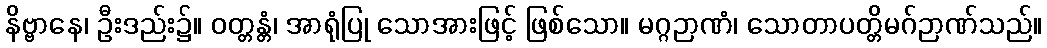
နိဗ္ဗာနေ၊ ဦးဒည်း၌။ ဝတ္တန္တံ၊ အာရုံပြု သောအားဖြင့် ဖြစ်သော။ မဂ္ဂဉာဏံ၊ သောတာပတ္တိမဂ်ဉာဏ်သည်။